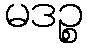
မဒဉ္စ